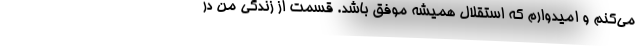
می‌کنم و امیدوارم که استقلال همیشه موفق باشد. قسمت از زندگی من در